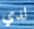
لدي